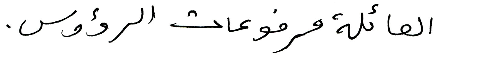
العائلة مرفوعات الرؤوس.